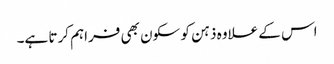
اس کے علاوہ ذہن کو سکون بھی فراہم کرتا ہے۔